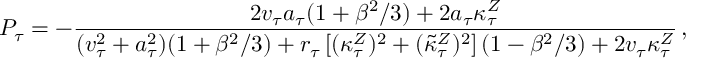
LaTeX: P _ { \tau } = - { \frac { 2 v _ { \tau } a _ { \tau } ( 1 + \beta ^ { 2 } / 3 ) + 2 a _ { \tau } \kappa _ { \tau } ^ { Z } } { ( v _ { \tau } ^ { 2 } + a _ { \tau } ^ { 2 } ) ( 1 + \beta ^ { 2 } / 3 ) + r _ { \tau } \left[ ( \kappa _ { \tau } ^ { Z } ) ^ { 2 } + ( \tilde { \kappa } _ { \tau } ^ { Z } ) ^ { 2 } \right] ( 1 - \beta ^ { 2 } / 3 ) + 2 v _ { \tau } \kappa _ { \tau } ^ { Z } } } \, ,